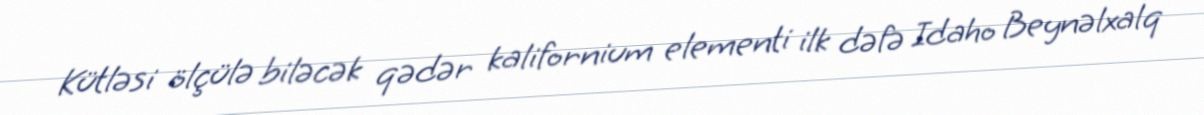
Kütləsi ölçülə biləcək qədər kalifornium elementi ilk dəfə Idaho Beynəlxalq